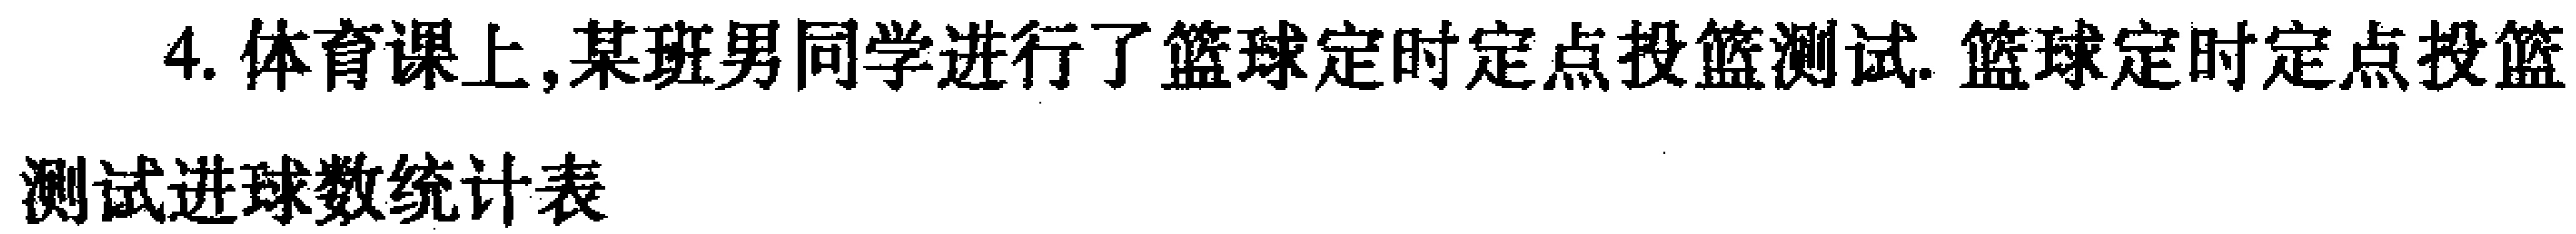
4. 体育课上,某班男同学进行了篮球定时定点投篮测试. 篮球定时定点投篮

测试进球数统计表